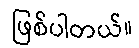
ဖြစ်ပါတယ်။